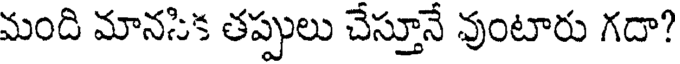
మంది మానసిక తప్పులు చేస్తూనే వుంటారు గదా?